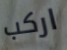
اركب